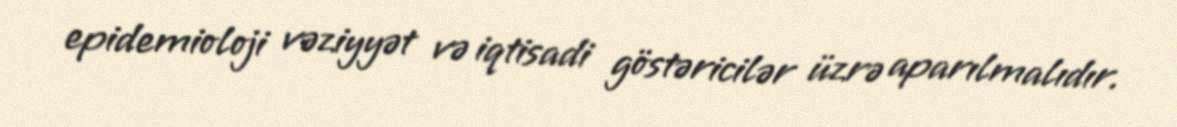
epidemioloji vəziyyət və iqtisadi göstəricilər üzrə aparılmalıdır.